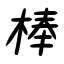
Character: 棒